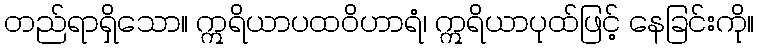
တည်ရာရှိသော။ ဣရိယာပထဝိဟာရံ၊ ဣရိယာပုထ်ဖြင့် နေခြင်းကို။